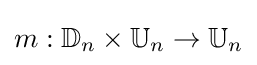
m:\mathbb {D} _{n}\times \mathbb {U} _{n}\to \mathbb {U} _{n}